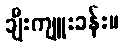
ချီးကျူးခန်း။